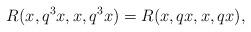
LaTeX: \begin{align*} R(x, q^{3}x, x, q^{3}x)=R(x, qx, x, qx), \end{align*}